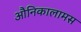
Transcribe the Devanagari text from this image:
औनिकालामस